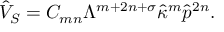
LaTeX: \hat { V } _ { S } = C _ { m n } \Lambda ^ { m + 2 n + \sigma } \hat { \kappa } ^ { m } \hat { p } ^ { 2 n } .